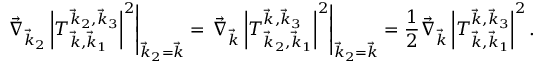
\left. \vec { \nabla } _ { \vec { k } _ { 2 } } \left| T _ { \vec { k } , \vec { k } _ { 1 } } ^ { \vec { k } _ { 2 } , \vec { k } _ { 3 } } \right| ^ { 2 } \right| _ { \vec { k } _ { 2 } = \vec { k } } = \left. \vec { \nabla } _ { \vec { k } } \left| T _ { \vec { k } _ { 2 } , \vec { k } _ { 1 } } ^ { \vec { k } , \vec { k } _ { 3 } } \right| ^ { 2 } \right| _ { \vec { k } _ { 2 } = \vec { k } } = \frac { 1 } { 2 } \vec { \nabla } _ { \vec { k } } \left| T _ { \vec { k } , \vec { k } _ { 1 } } ^ { \vec { k } , \vec { k } _ { 3 } } \right| ^ { 2 } .